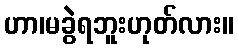
ဟာ၊မခွဲရဘူးဟုတ်လား။